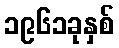
၁၉၆၁ခုနှစ်